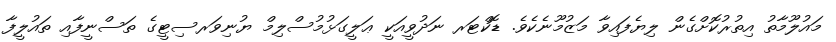
މައުލޫމާތު އިތުރުކޮށްގެން ލިޔެފައިވާ މަޒުމޫނެކެވެ. ޑޮކްޓަރ ނަދުވީއަކީ ޢަލީގަޅުމުސްލިމް ޔުނިވަރސިޓީގެ ތަސްނީފާއި ތައުލީފާ